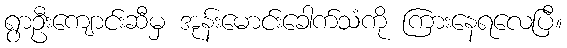
ရွာဦးကျောင်းဆီမှ အုန်းမောင်းခေါက်သံကို ကြားနေရလေပြီ။